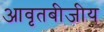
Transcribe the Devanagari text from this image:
आवृतबीजीय